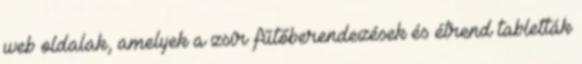
web oldalak, amelyek a zsír fűtőberendezések és étrend tabletták